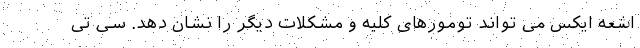
اشعه ایکس می تواند تومورهای کلیه و مشکلات دیگر را نشان دهد. سی تی